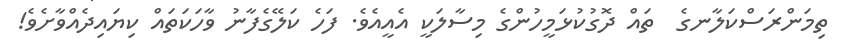
ތިމަންރަސްކަލާނގެ  ތައް ދޮގުކުޅަމީހުންގެ މިސާލަކީ އެއީއެވެ. ފަހެ ކަލޭގެފާނު ވާހަކަތައް ކިޔައިދެއްވާށެވެ!